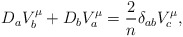
\begin{align*}D_a V^\mu_b + D_b V^\mu_a = {2\over n} \delta_{ab} V^\mu_c,\end{align*}